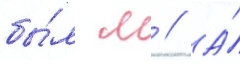
бы́л м // А́